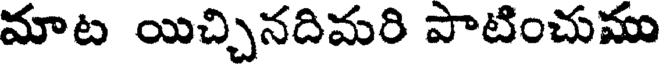
మాట యిచ్చినదిమరి పాటించుము